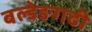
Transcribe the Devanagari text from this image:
बल्डेङगढी